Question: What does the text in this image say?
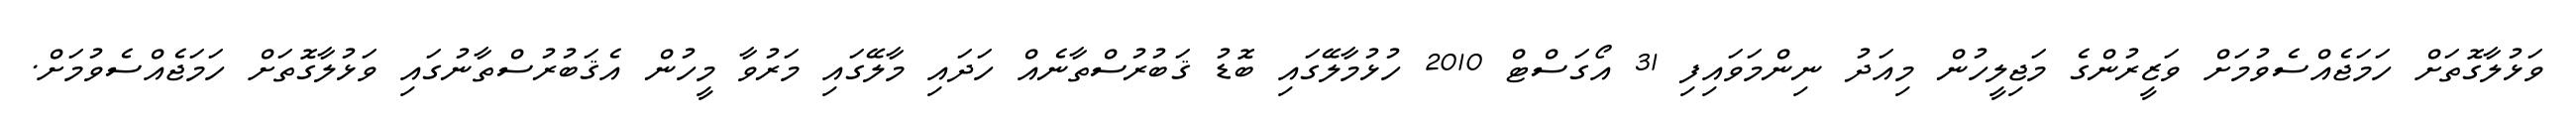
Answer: ވަޅުލާގޮތަށް ހަމަޖެއްސެވުމަށް ވަޒީރުންގެ މަޖިލީހުން މިއަދު ނިންމަވައިފި 31 އޯގަސްޓް 2010 ހުޅުމާލޭގައި ބޮޑު ޤަބުރުސްތާނެއް ހަދައި މާލޭގައި މަރުވާ މީހުން އެޤަބުރުސްތާނުގައި ވަޅުލާގޮތަށް ހަމަޖެއްސެވުމަށް.